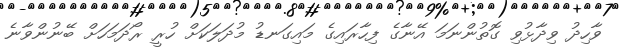
ވާހިދު ވިދާޅުވި ގޮތުންނަމަ އޭނާގެ ފިހާރައިގެ މައިގަނޑު މުދަލަކަށް ހުރީ ރޯދަމަހަށް ބޭނުންވާނެ